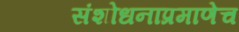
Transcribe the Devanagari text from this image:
संशोधनाप्रमाणेच